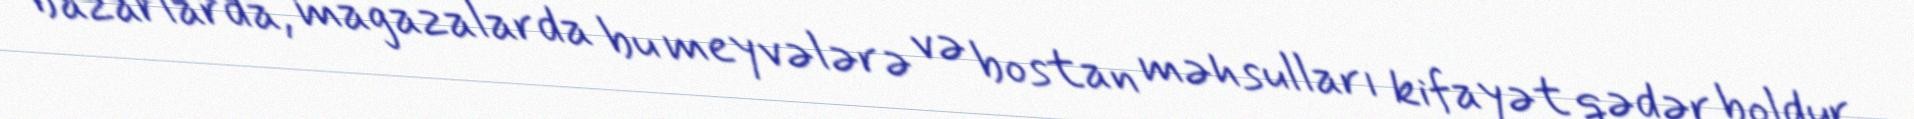
bazarlarda, mağazalarda bu meyvələrə və bostan məhsulları kifayət qədər boldur.